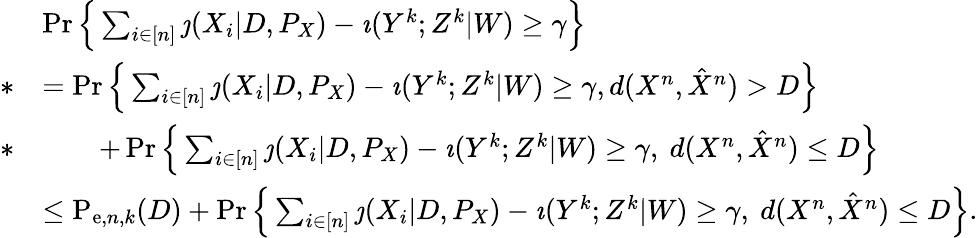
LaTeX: \begin{array}{rl}&{\operatorname*{Pr}\Big\{ \sum_{i\in[n]}\jmath(X_{i}|D,P_{X})-\imath(Y^{k};Z^{k}|W)\geq\gamma\Big\} }\\ {*}&{=\operatorname*{Pr}\Big\{ \sum_{i\in[n]}\jmath(X_{i}|D,P_{X})-\imath(Y^{k};Z^{k}|W)\geq\gamma,d(X^{n},\hat{X}^{n})>D\Big\} }\\ {*}&{\qquad+\operatorname*{Pr}\Big\{ \sum_{i\in[n]}\jmath(X_{i}|D,P_{X})-\imath(Y^{k};Z^{k}|W)\geq\gamma,~d(X^{n},\hat{X}^{n})\leq D\Big\} }\\ &{\leq\mathrm{P}_{\mathrm{e},n,k}(D)+\operatorname*{Pr}\Big\{ \sum_{i\in[n]}\jmath(X_{i}|D,P_{X})-\imath(Y^{k};Z^{k}|W)\geq\gamma,~d(X^{n},\hat{X}^{n})\leq D\Big\} .}\end{array}